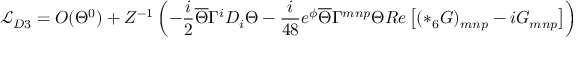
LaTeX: { \mathcal L } _ { D 3 } = { \cal O } ( \Theta ^ { 0 } ) + Z ^ { - 1 } \left( - \frac { i } { 2 } \overline { { { \Theta } } } \Gamma ^ { i } D _ { i } \Theta - \frac { i } { 4 8 } e ^ { \phi } \overline { { { \Theta } } } \Gamma ^ { m n p } \Theta R e \left[ ( * _ { 6 } G ) _ { m n p } - i G _ { m n p } \right] \right)